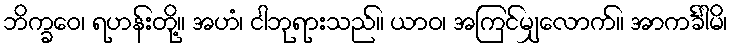
ဘိက္ခဝေ၊ ရဟန်းတို့။ အဟံ၊ ငါဘုရားသည်။ ယာဝ၊ အကြင်မျှလောက်။ အာကင်္ခါမိ၊